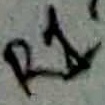
Text: R1